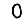
Digit: 0